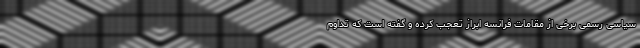
سیاسی رسمی برخی از مقامات فرانسه ابراز تعجب کرده و گفته است که تداوم